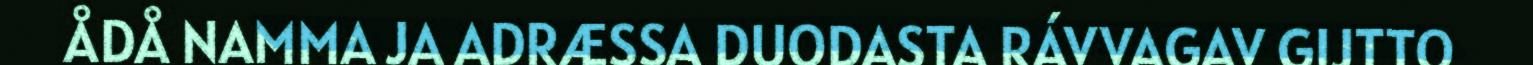
ÅDÅ NAMMA JA ADRÆSSA DUODASTA RÁVVAGAV GIJTTO